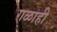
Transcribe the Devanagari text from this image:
गळाही